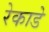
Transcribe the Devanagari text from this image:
रेकाडे